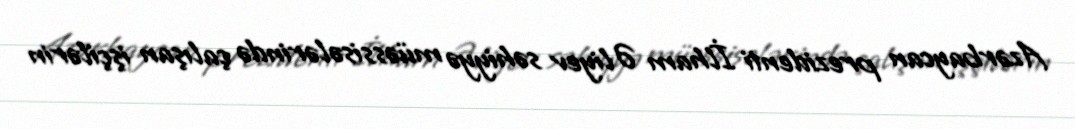
Azərbaycan prezidenti İlham Əliyev səhiyyə müəssisələrində çalışan işçilərin